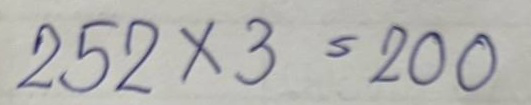
252 x 3 = 200